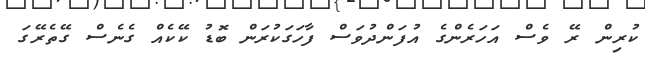
ކުރިން ރޭ ވެސް އަހަރެންގެ އުފަންދުވަސް ފާހަގަކުރަން ބޮޑު ކޭކެއް ގެނެސް ގޭތެރޭގަ